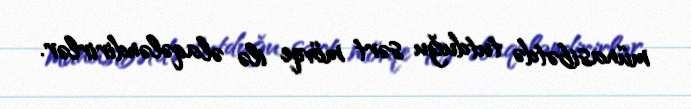
münasibətdə tutduğu sərt mövqe ilə əlaqələndirirlər.